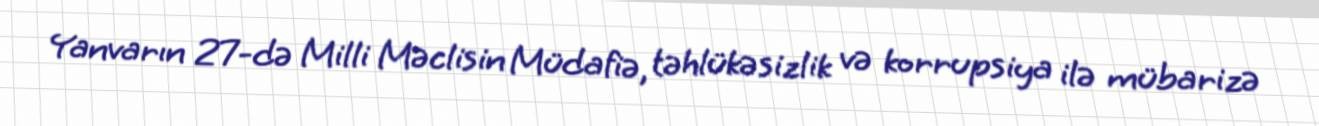
Yanvarın 27-də Milli Məclisin Müdafiə, təhlükəsizlik və korrupsiya ilə mübarizə